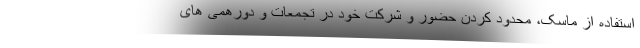
استفاده از ماسک، محدود کردن حضور و شرکت خود در تجمعات و دورهمی های